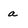
Character: a